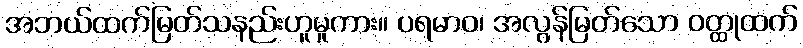
အဘယ်ထက်မြတ်သနည်းဟူမူကား။ ပရမာဝ၊ အလွန်မြတ်သော ဝတ္ထုထက်